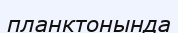
планктонында